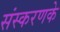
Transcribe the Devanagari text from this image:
संस्‍करणके